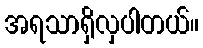
အရသာရှိလှပါတယ်။